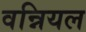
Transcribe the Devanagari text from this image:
वन्नियल